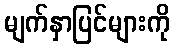
မျက်နှာပြင်များကို